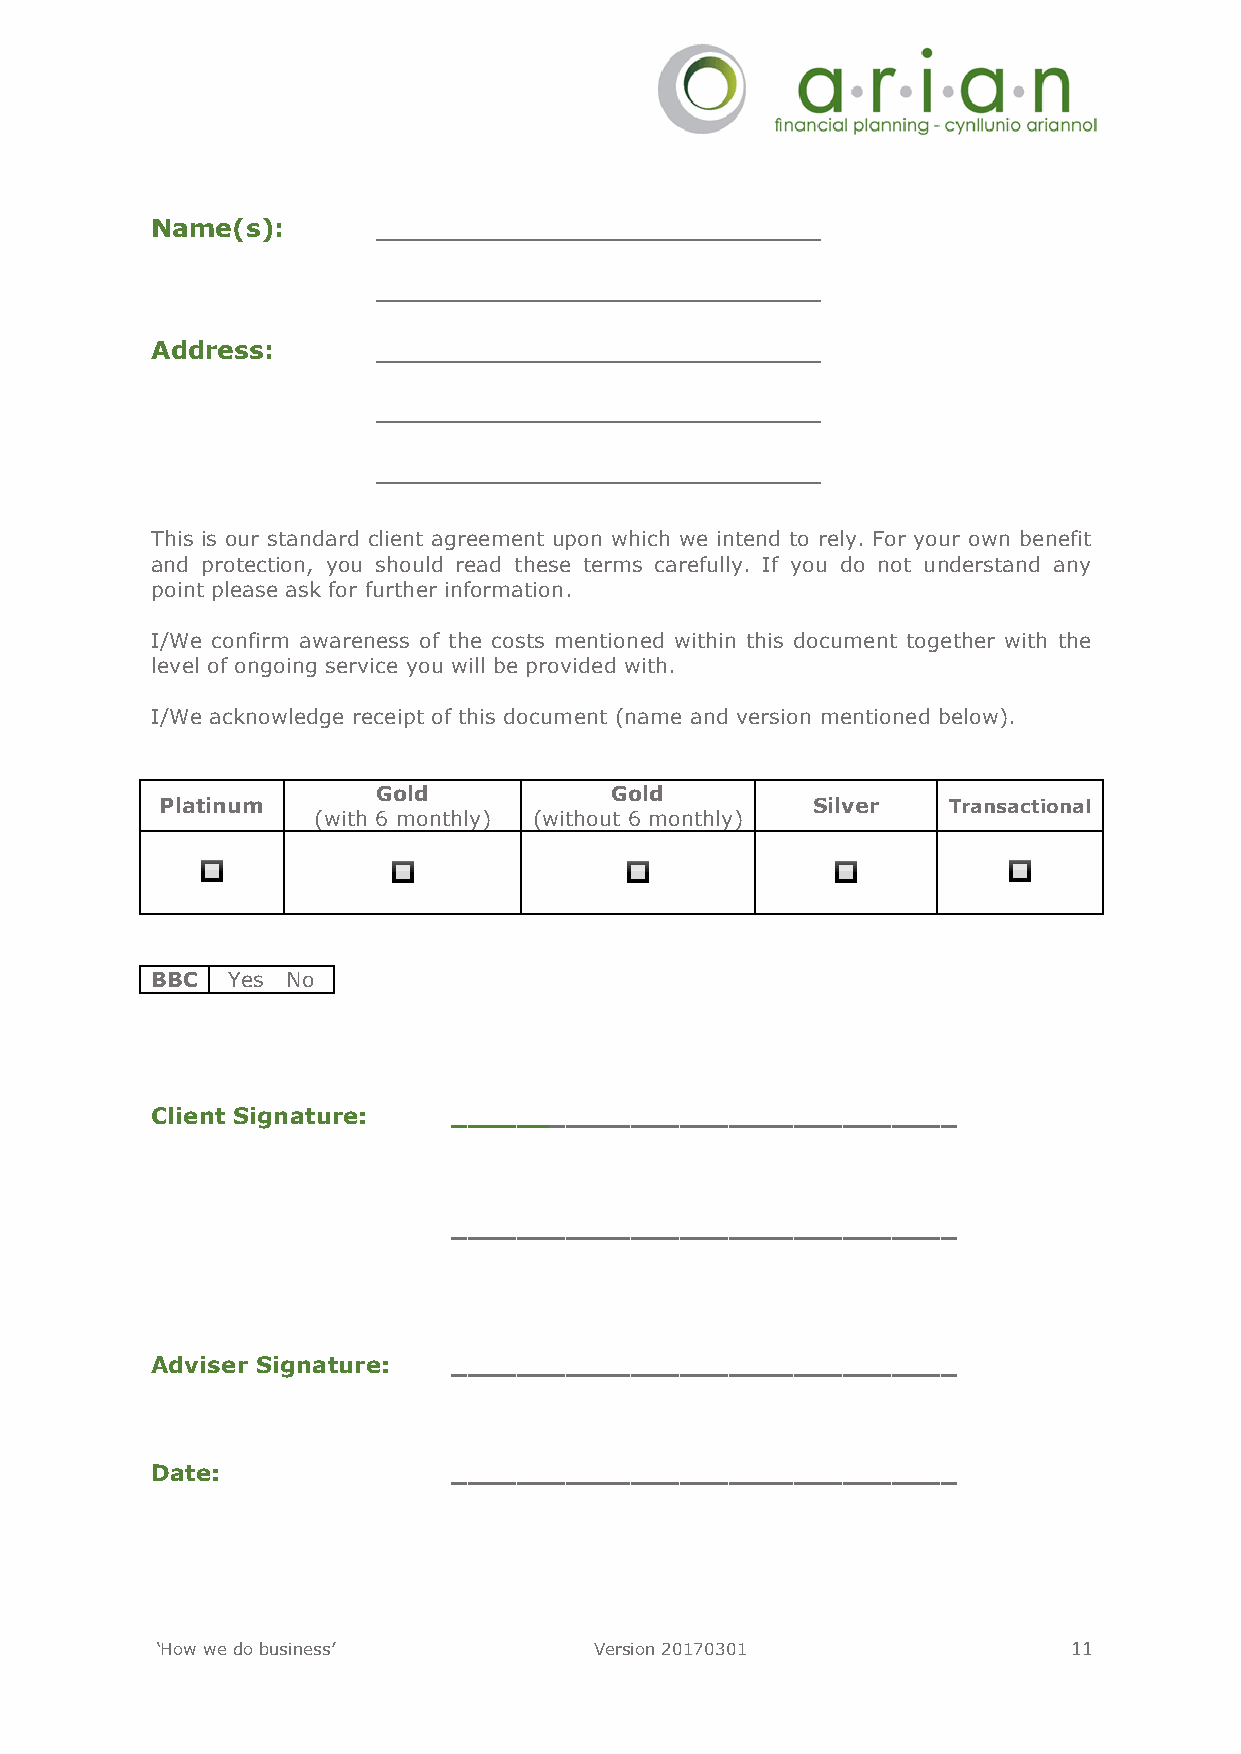
Name(s):       _________________________
 _________________________
 Address:       _________________________
 _________________________
 _________________________
 This is our standard client agreement upon which we intend to rely. For your own benefit
 and protection, you should read these terms carefully. If you do not understand any
 point please ask for further information.
 I/We confirm awareness of the costs mentioned within this document together with the
 level of ongoing service you will be provided with.
 I/We acknowledge receipt of this document (name and version mentioned below).
 Gold           Gold
 Platinum                                   Silver   Transactional
 (with 6 monthly) (without 6 monthly)
 🔲            🔲               🔲            🔲           🔲
 BBC  Yes No
 Client Signature:   _______________________________
 _______________________________
 Adviser Signature:  _______________________________
 Date:               _______________________________
 ‘How we do business’         Version 20170301                11